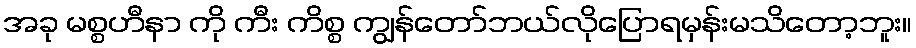
အခု မစ္စဟီနာ ကို ကီး ကိစ္စ ကျွန်တော်ဘယ်လိုပြောရမှန်းမသိတော့ဘူး။